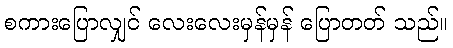
စကားပြောလျှင် လေးလေးမှန်မှန် ပြောတတ် သည်။